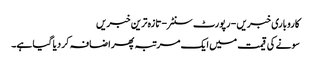
کاروباری خبریں - رپورٹ سنٹر - تازہ ترین خبریں
سونے کی قیمت میں ایک مرتبہ پھر اضافہ کر دیا گیا ہے۔